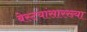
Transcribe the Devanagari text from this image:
बेस्टयांसारख्या